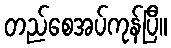
တည်စေအပ်ကုန်ပြီ။